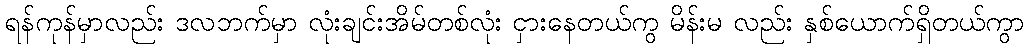
ရန်ကုန်မှာလည်း ဒလဘက်မှာ လုံးချင်းအိမ်တစ်လုံး ငှားနေတယ်ကွ မိန်းမ လည်း နှစ်ယောက်ရှိတယ်ကွာ